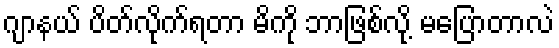
ဂျာနယ် ပိတ်လိုက်ရတာ မိကို ဘာဖြစ်လို့ မပြောတာလဲ